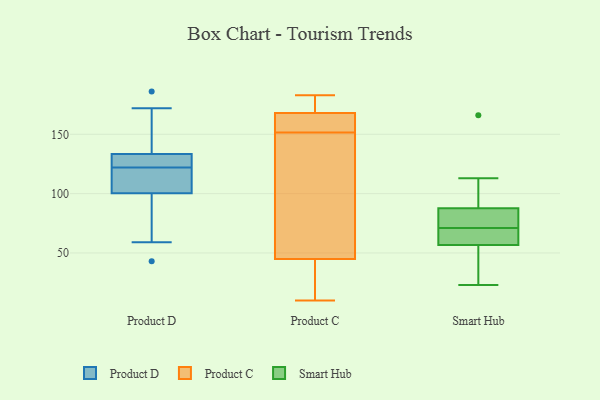
{"axis": {"x": "Production Output", "y": "Value"}, "legend": ["Product C", "Product D", "Smart Hub"], "data": [{"x": "", "y": 135, "type": "Product D"}, {"x": "", "y": 115, "type": "Product D"}, {"x": "", "y": 127, "type": "Product D"}, {"x": "", "y": 172, "type": "Product D"}, {"x": "", "y": 59, "type": "Product D"}, {"x": "", "y": 43, "type": "Product D"}, {"x": "", "y": 112, "type": "Product D"}, {"x": "", "y": 133, "type": "Product D"}, {"x": "", "y": 186, "type": "Product D"}, {"x": "", "y": 122, "type": "Product D"}, {"x": "", "y": 65, "type": "Product D"}, {"x": "", "y": 116, "type": "Product D"}, {"x": "", "y": 123, "type": "Product D"}, {"x": "", "y": 167, "type": "Product C"}, {"x": "", "y": 10, "type": "Product C"}, {"x": "", "y": 150, "type": "Product C"}, {"x": "", "y": 174, "type": "Product C"}, {"x": "", "y": 33, "type": "Product C"}, {"x": "", "y": 180, "type": "Product C"}, {"x": "", "y": 153, "type": "Product C"}, {"x": "", "y": 86, "type": "Product C"}, {"x": "", "y": 12, "type": "Product C"}, {"x": "", "y": 44, "type": "Product C"}, {"x": "", "y": 78, "type": "Product C"}, {"x": "", "y": 169, "type": "Product C"}, {"x": "", "y": 46, "type": "Product C"}, {"x": "", "y": 158, "type": "Product C"}, {"x": "", "y": 26, "type": "Product C"}, {"x": "", "y": 150, "type": "Product C"}, {"x": "", "y": 171, "type": "Product C"}, {"x": "", "y": 183, "type": "Product C"}, {"x": "", "y": 163, "type": "Product C"}, {"x": "", "y": 158, "type": "Product C"}, {"x": "", "y": 82, "type": "Smart Hub"}, {"x": "", "y": 113, "type": "Smart Hub"}, {"x": "", "y": 87, "type": "Smart Hub"}, {"x": "", "y": 58, "type": "Smart Hub"}, {"x": "", "y": 60, "type": "Smart Hub"}, {"x": "", "y": 23, "type": "Smart Hub"}, {"x": "", "y": 44, "type": "Smart Hub"}, {"x": "", "y": 53, "type": "Smart Hub"}, {"x": "", "y": 71, "type": "Smart Hub"}, {"x": "", "y": 90, "type": "Smart Hub"}, {"x": "", "y": 72, "type": "Smart Hub"}, {"x": "", "y": 166, "type": "Smart Hub"}, {"x": "", "y": 59, "type": "Smart Hub"}]}